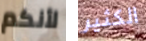
لأنكم الكثير